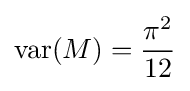
\operatorname {var} (M)={\frac {\pi ^{2}}{12}}